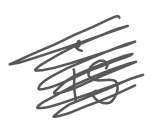
Text: is
Cross-out: scratch
Writing tool: digital_gray